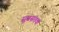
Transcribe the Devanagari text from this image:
सुवसंतक